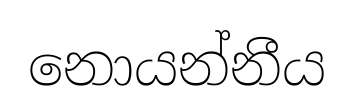
නොයන්නීය